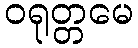
ဝရုတ္တမေ